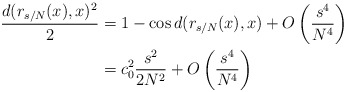
\begin{align*} \begin{aligned} \frac{d(r_{s/N}(x),x)^2}{2} &= 1 - \cos d(r_{s/N}(x),x) + O\left(\frac{s^4}{N^4}\right) \\ &= c_0^2 \frac{s^2}{2N^2} + O\left(\frac{s^4}{N^4}\right)\end{aligned}\end{align*}